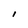
Character: l